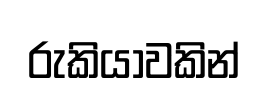
රුකියාවකින්